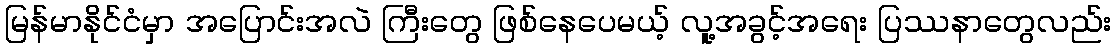
မြန်မာနိုင်ငံမှာ အပြောင်းအလဲ ကြီးတွေ ဖြစ်နေပေမယ့် လူ့အခွင့်အရေး ပြဿနာတွေလည်း